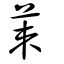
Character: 茦